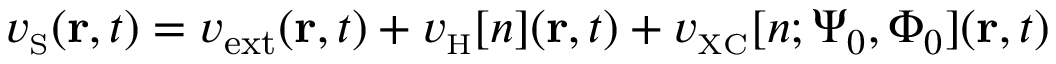
v _ { \scriptscriptstyle \mathrm { S } } ( { \bf r } , t ) = v _ { \mathrm { e x t } } ( { \bf r } , t ) + v _ { \scriptscriptstyle \mathrm { H } } [ n ] ( { \bf r } , t ) + v _ { \scriptscriptstyle \mathrm { X C } } [ n ; \Psi _ { 0 } , \Phi _ { 0 } ] ( { \bf r } , t )